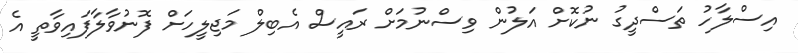
އިސްލާހު ތަސްދީގު ނުކޮށް އަލުން ވިސްނުމަށް ރައީސް އެބިލް މަޖިލީހަށް ފޮނުވާލާފައިވާތީ އެ